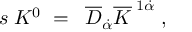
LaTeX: s \; K ^ { 0 } \; = \; \; \overline { { { D } } } _ { \dot { \alpha } } \overline { { { K } } } ^ { \; 1 \dot { \alpha } } \; , \;